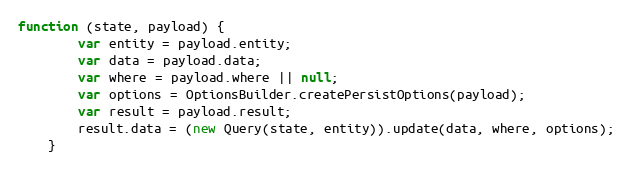
Language: JavaScript
function (state, payload) {
        var entity = payload.entity;
        var data = payload.data;
        var where = payload.where || null;
        var options = OptionsBuilder.createPersistOptions(payload);
        var result = payload.result;
        result.data = (new Query(state, entity)).update(data, where, options);
    }